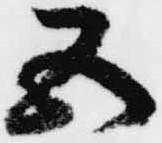
五